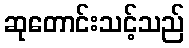
ဆုတောင်းသင့်သည်